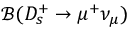
{ \mathcal B } ( D _ { s } ^ { + } \to \mu ^ { + } \nu _ { \mu } )